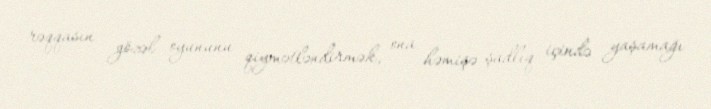
rəqqasın gözəl oyununu qiymətləndirmək, ona həmişə şadlıq içində yaşamağı